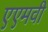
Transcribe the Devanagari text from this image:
एएमवी